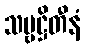
သဗ္ဗဋ္ဌိတီနံ